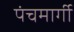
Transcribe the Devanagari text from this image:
पंचमार्गी